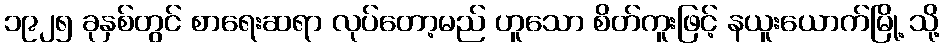
၁၉၂၅ ခုနှစ်တွင် စာရေးဆရာ လုပ်တော့မည် ဟူသော စိတ်ကူးဖြင့် နယူးယောက်မြို့ သို့